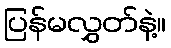
ပြန်မလွှတ်နဲ့။